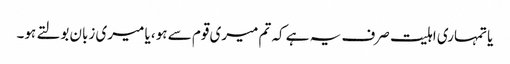
یا تمہاری اہلیت صرف یہ ہے کہ تم میری قوم سے ہو، یا میری زبان بولتے ہو۔